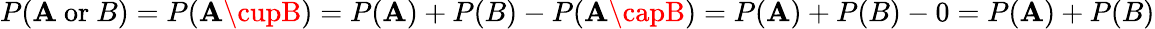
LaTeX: P(\mathbf{A}{\mathrm{{~or~}}}B)=P(\mathbf{A}\cupB)=P(\mathbf{A})+P(B)-P(\mathbf{A}\capB)=P(\mathbf{A})+P(B)-0=P(\mathbf{A})+P(B)